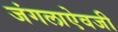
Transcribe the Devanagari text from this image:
जंगलाऐवजी